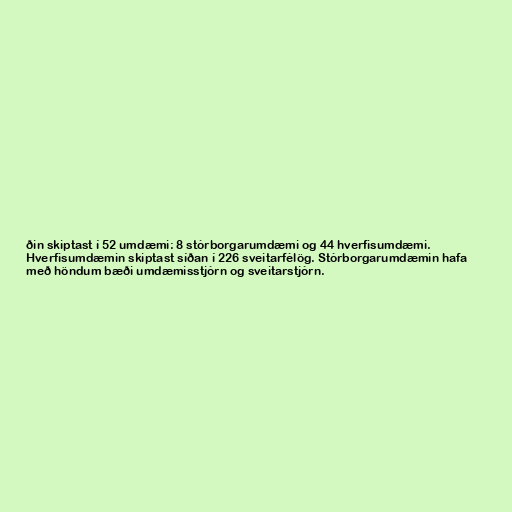
ðin skiptast í 52 umdæmi: 8 stórborgarumdæmi og 44 hverfisumdæmi.
Hverfisumdæmin skiptast síðan í 226 sveitarfélög. Stórborgarumdæmin hafa
með höndum bæði umdæmisstjórn og sveitarstjórn.